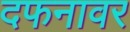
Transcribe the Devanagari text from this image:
दफनावर